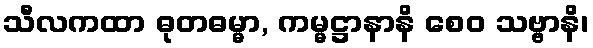
သီလကထာ ဓုတဓမ္မာ, ကမ္မဋ္ဌာနာနိ စေဝ သဗ္ဗာနိ၊